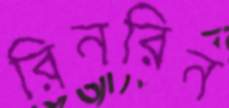
রিনরিন